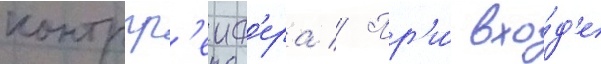
контргр'еиф'ера // Пр'и́ вхо́д'е